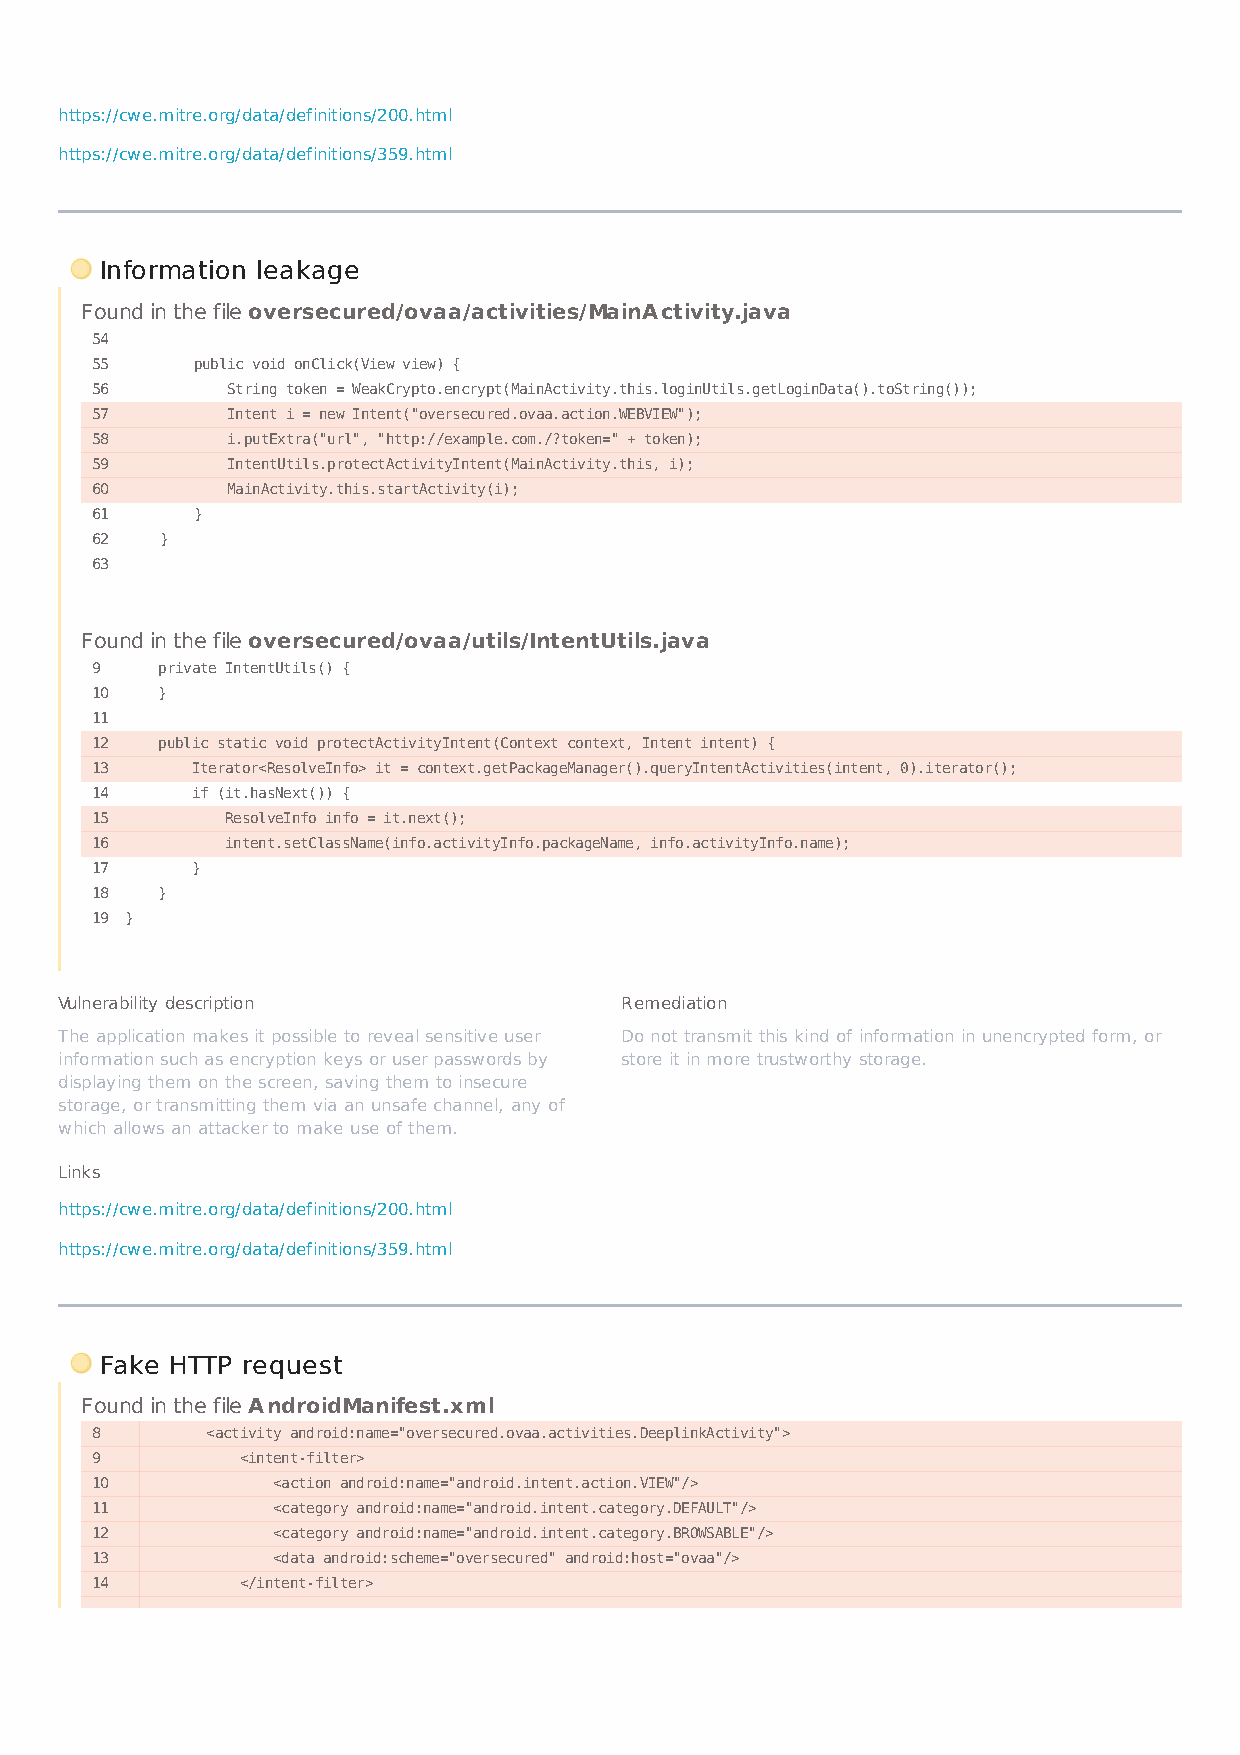
https://cwe.mitre.org/data/definitions/200.html
 https://cwe.mitre.org/data/definitions/359.html
 Information leakage
 Found in the file oversecured/ovaa/activities/MainActivity.java
 54
 55     public void onClick(View view) {
 56       String token = WeakCrypto.encrypt(MainActivity.this.loginUtils.getLoginData().toString());
 57       Intent i = new Intent("oversecured.ovaa.action.WEBVIEW");
 58       i.putExtra("url", "http://example.com./?token=" + token);
 59       IntentUtils.protectActivityIntent(MainActivity.this, i);
 60       MainActivity.this.startActivity(i);
 61     }
 62   }
 63
 Found in the file oversecured/ovaa/utils/IntentUtils.java
 9   private IntentUtils() {
 10  }
 11
 12  public static void protectActivityIntent(Context context, Intent intent) {
 13     Iterator<ResolveInfo> it = context.getPackageManager().queryIntentActivities(intent, 0).iterator();
 14     if (it.hasNext()) {
 15       ResolveInfo info = it.next();
 16       intent.setClassName(info.activityInfo.packageName, info.activityInfo.name);
 17     }
 18  }
 19 }
 Vulnerability description            Remediation
 The application makes it possible to reveal sensitive user Do not transmit this kind of information in unencrypted form, or
 information such as encryption keys or user passwords by store it in more trustworthy storage.
 displaying them on the screen, saving them to insecure
 storage, or transmitting them via an unsafe channel, any of
 which allows an attacker to make use of them.
 Links
 https://cwe.mitre.org/data/definitions/200.html
 https://cwe.mitre.org/data/definitions/359.html
 Fake HTTP request
 Found in the file AndroidManifest.xml
 8       <activity android:name="oversecured.ovaa.activities.DeeplinkActivity">
 9         <intent-filter>
 10          <action android:name="android.intent.action.VIEW"/>
 11          <category android:name="android.intent.category.DEFAULT"/>
 12          <category android:name="android.intent.category.BROWSABLE"/>
 13          <data android:scheme="oversecured" android:host="ovaa"/>
 14        </intent-filter>